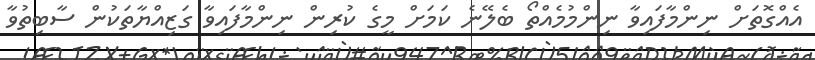
އެއްގޮތަށް ނިންމާފައިވާ ނިންމުމެއްތޯ ބެލޭނެ ކަމަށް މީގެ ކުރިން ނިންމާފައިވާ ގަޒިއްޔާތަކުން ސާބިތުވާ